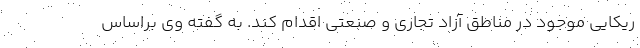
ریکایی موجود در مناطق آزاد تجاری و صنعتی اقدام کند. به گفته وی براساس